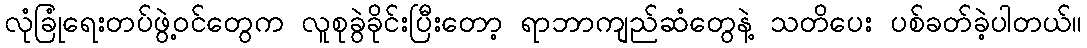
လုံခြုံရေးတပ်ဖွဲ့ဝင်တွေက လူစုခွဲခိုင်းပြီးတော့ ရာဘာကျည်ဆံတွေနဲ့ သတိပေး ပစ်ခတ်ခဲ့ပါတယ်။